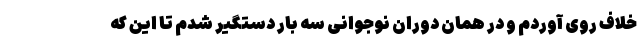
خلاف روی آوردم و در همان دوران نوجوانی سه بار دستگیر شدم تا این که